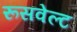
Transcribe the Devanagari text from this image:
रूसवेल्ट